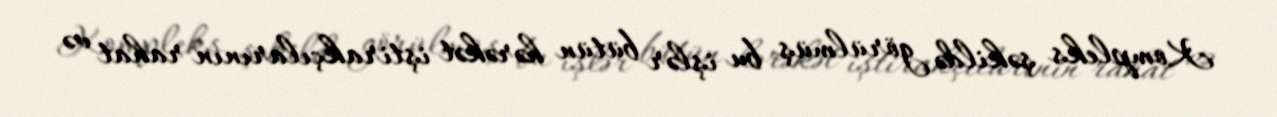
Kompleks şəkildə görülmüş bu işlər bütün hərəkət iştirakçılarının rahat və